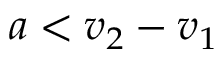
a < v _ { 2 } - v _ { 1 }